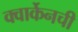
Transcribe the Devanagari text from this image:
क्वार्केनची